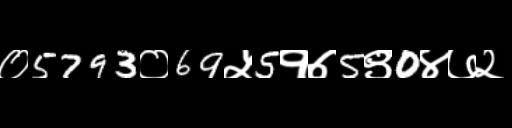
Text: ०5793०69५5१७5९0४७२